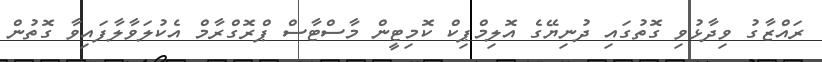
ރައްޒާގު ވިދާޅުވި ގޮތުގައި ދުނިޔޭގެ އޮލިމްޕިކް ކޮމިޓީން މާސްޓާސް ޕްރޮގްރާމް އެކުލަވާލާފައިވާ ގޮތުން